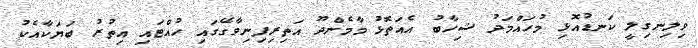
ވިލިނގިލީ ކަނޑުއޮޅި މުހައްމަދު ޝިހާބު އެއަތޮޅު މާމެންދޫ އަތިރިފިނިވާގޭގައި ހުއްޓައި އިތުރު ބަޔަކާއެކު